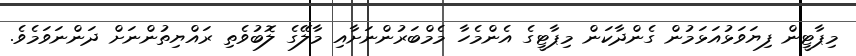
މިޕާޓީން ފިޔަވަޅުއަޅަމުން ގެންދާކަން މިޕާޓީގެ އެންމެހާ މެމްބަރުންނަށާއި މާލޭގެ ލޮބުވެތި ރައްޔިތުންނަށް ދަންނަވަމެވެ.